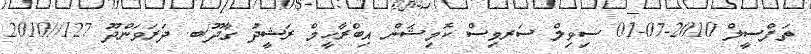
ތަފްސީލް 2010-07-01 ސިވިލް ސަރވިސް ކޮމިޝަން އިބްރާހީމް ރަޝީދު ގާދޫ/ބ. ދަރަވަންދޫ 127//2010